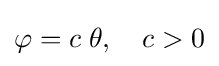
\varphi =c\;\theta ,\quad c>0